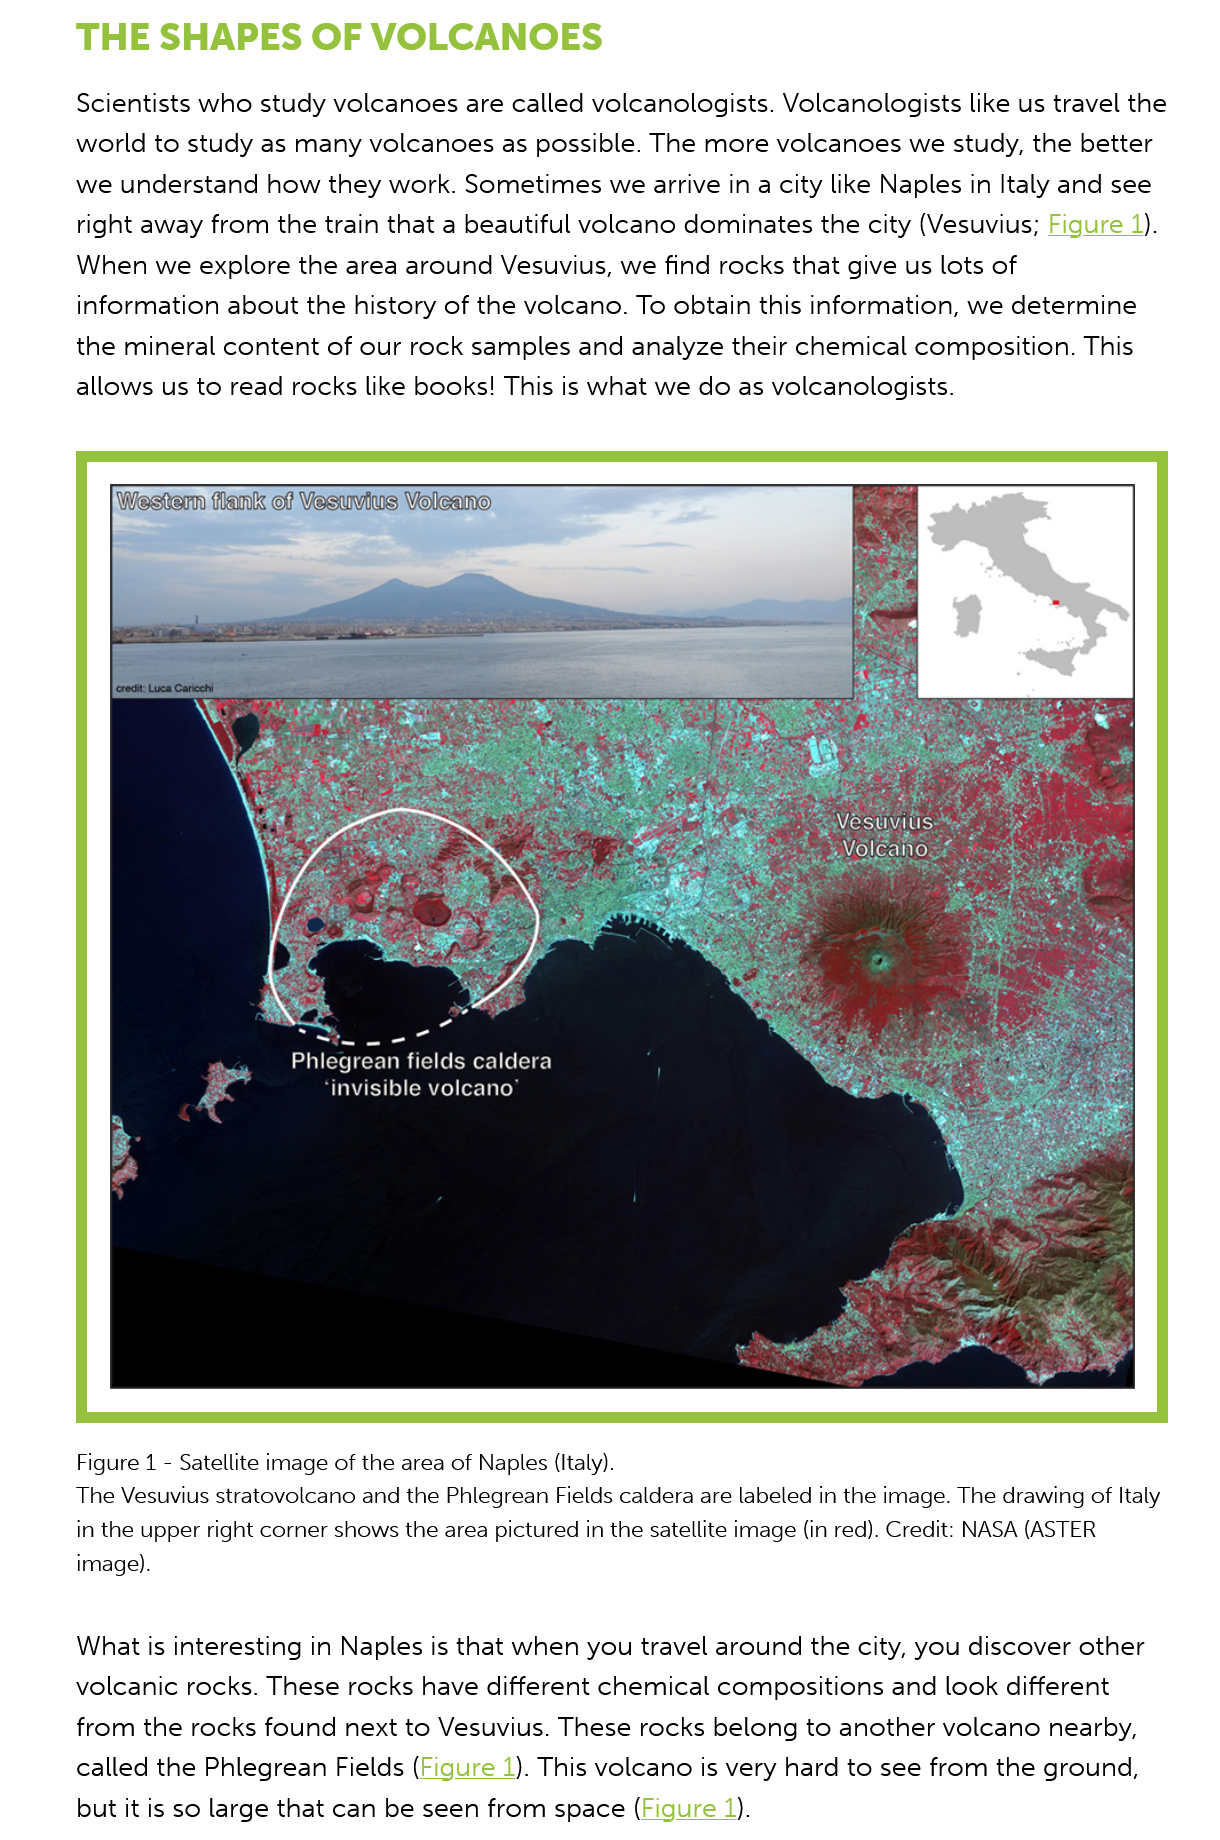
THE    SHAPES    OF   VOLCANOES
     Scientists who study volcanoes are  called volcanologists. Volcanologists like us travel the
     world to study as many  volcanoes as  possible. The more  volcanoes  we study, the better
     we  understand  how  they work. Sometimes   we arrive in a city like Naples in Italy and see
     right away from  the train that a beautiful volcano dominates the city (Vesuvius; Figure 1).
     When we explore   the area around  Vesuvius, we  find rocks that give us lots of
     information about  the history of the volcano. To obtain this information, we determine
     the mineral content  of our rock samples  and analyze their chemical composition.   This
     allows us to read rocks like books! This is what we do as volcanologists.

     Aus Volcano

     Phlegrean fields caldera
     ‘invisible volcano”
     Figure 1
     -
     Satellite image of the area of Naples (Italy).
     The Vesuvius stratovolcano and the Phlegrean Fields caldera are labeled in the image. The drawing of Italy
     in the upper right corner shows the area pictured in the satellite image (in red). Credit: NASA (ASTER
     image).
     What is interesting in Naples is that when you travel around the city, you discover other
     volcanic rocks. These rocks  have different chemical compositions   and look different
     from the rocks  found next to Vesuvius. These  rocks belong  to another volcano  nearby,
     called the Phlegrean Fields (Figure 1). This volcano is very hard to see from the ground,
     but it is so large that can be seen from space (Figure 1).